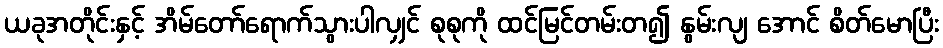
ယခုအတိုင်းနှင့် အိမ်တော်ရောက်သွားပါလျှင် စုစုကို ထင်မြင်တမ်းတ၍ နွမ်းလျ အောင် စိတ်မောပြီး